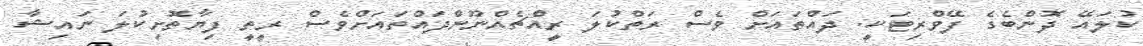
ކުލައޭ ދޮންބެގެ ފޭވްރިޓަކީ. ދައްތައަށް ވެސް ރަތްކުލަ ރީއްޗެއްނޫންދައްތައަށްވެސް ރީތީ ފިޔާތޮށިކުލަ ނައިޝާ